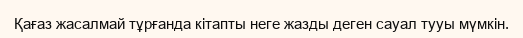
Қағаз жасалмай тұрғанда кітапты неге жазды деген сауал тууы мүмкін.